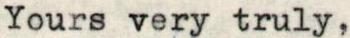
Yours very truly,